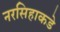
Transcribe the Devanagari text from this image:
नरसिहाकडे